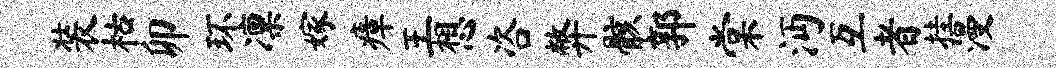
装枯卯环凛嫁瘴王想咨弊骸郭棠沔互者挂漫